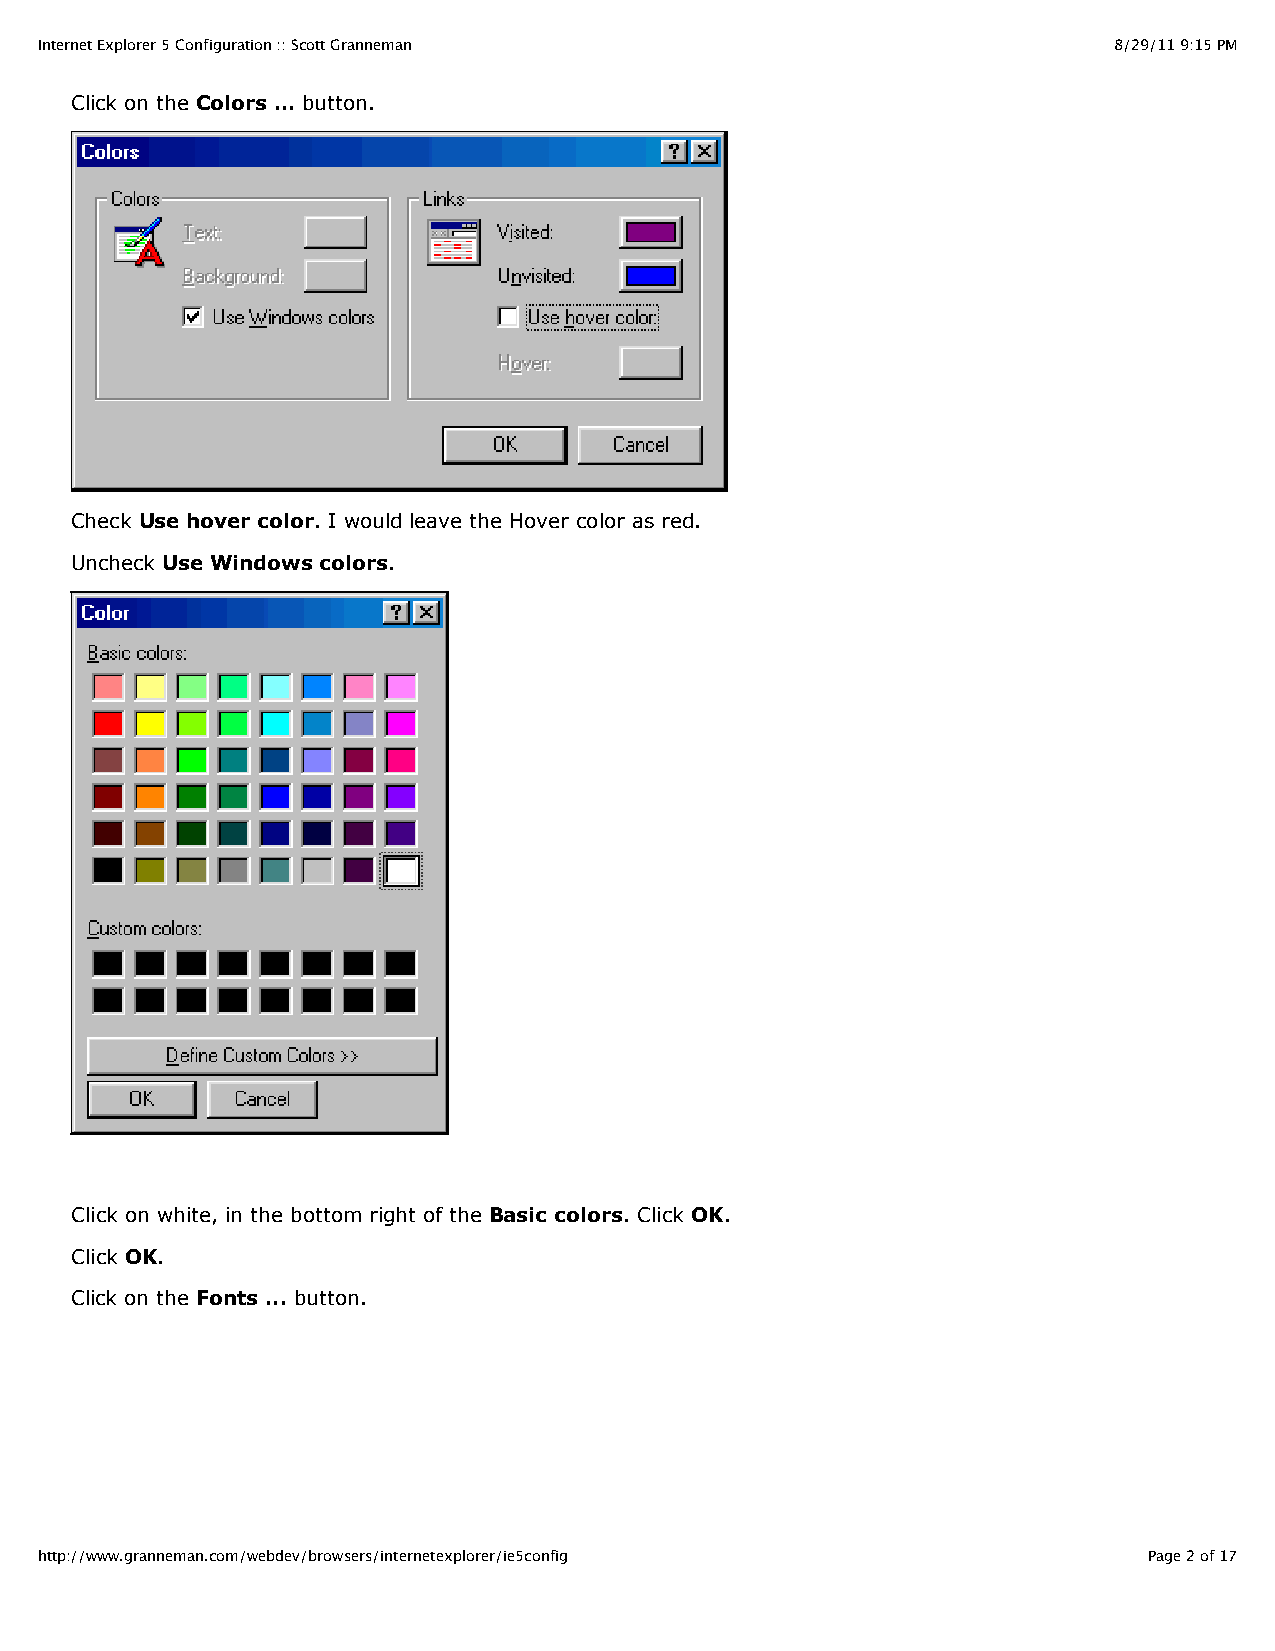
Internet Explorer 5 Configuration :: Scott Granneman                    8/29/11 9:15 PM
 Click on the Colors ... button.
 Check Use hover color. I would leave the Hover color as red.
 Uncheck Use Windows colors.
 Click on white, in the bottom right of the Basic colors. Click OK.
 Click OK.
 Click on the Fonts ... button.
 http://www.granneman.com/webdev/browsers/internetexplorer/ie5config       Page 2 of 17